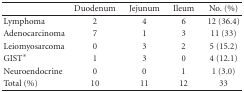
|  | Duodenum | Jejunum | Ileum | No. (%) |
 | --- | --- | --- | --- | --- |
 | Lymphoma | 2 | 4 | 6 | 12 (36.4) |
 | Adenocarcinoma | 7 | 1 | 3 | 11 (33) |
 | Leiomyosarcoma | 0 | 3 | 2 | 5 (15.2) |
 | GIST* | 1 | 3 | 0 | 4 (12.1) |
 | Neuroendocrine | 0 | 0 | 1 | 1 (3.0) |
 | Total(%) | 10 | 11 | 12 | 33 |